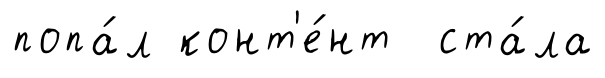
попа́л конт'е́нт ста́ла